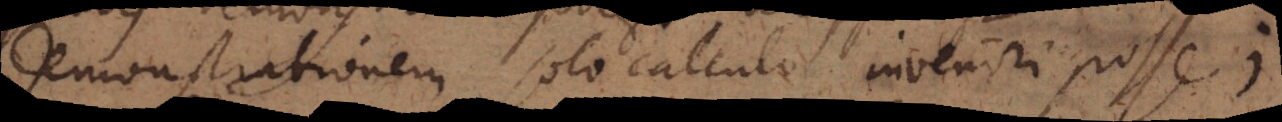
demonstrationem solo calculo inveniri posse;